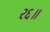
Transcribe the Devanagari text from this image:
२६॥